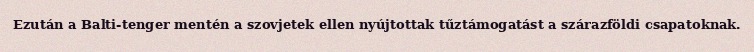
Ezután a Balti-tenger mentén a szovjetek ellen nyújtottak tűztámogatást a szárazföldi csapatoknak.